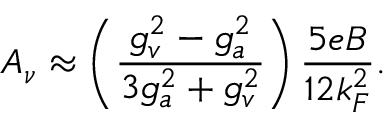
A _ { \nu } \approx \left( { \frac { g _ { v } ^ { 2 } - g _ { a } ^ { 2 } } { 3 g _ { a } ^ { 2 } + g _ { v } ^ { 2 } } } \right) { \frac { 5 e B } { 1 2 k _ { F } ^ { 2 } } } .